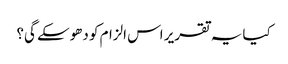
کیا یہ تقریر اس الزام کو دھوسکے گی؟